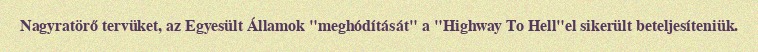
Nagyratörő tervüket, az Egyesült Államok "meghódítását" a "Highway To Hell"el sikerült beteljesíteniük.